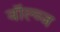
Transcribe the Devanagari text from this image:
वॉल्व्ज